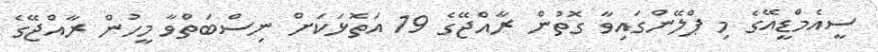
ސީއެމްޑީއޭގެ މި ޕްލޭންގައިވާ ގޮތުން ރާއްޖޭގެ 19 އަތޮޅަކަށް ނިސްބަތްވާ މީހުން ރާއްޖޭގެ